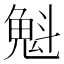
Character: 𫿶